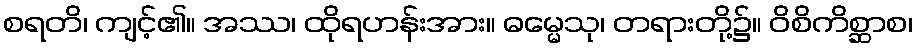
စရတိ၊ ကျင့်၏။ အဿ၊ ထိုရဟန်းအား။ ဓမ္မေသု၊ တရားတို့၌။ ဝိစိကိစ္ဆာစ၊